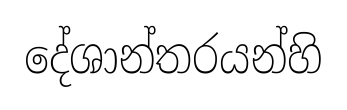
දේශාන්තරයන්හි